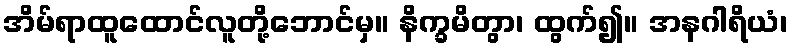
အိမ်ရာထူထောင်လူတို့ဘောင်မှ။ နိက္ခမိတွာ၊ ထွက်၍။ အနဂါရိယံ၊